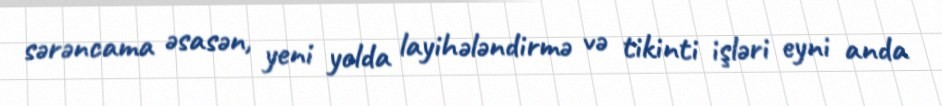
sərəncama əsasən, yeni yolda layihələndirmə və tikinti işləri eyni anda